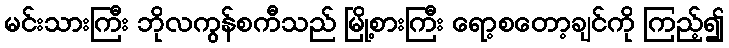
မင်းသားကြီး ဘိုလကွန်စကီသည် မြို့စားကြီး ရော့စတော့ချင်ကို ကြည့်၍